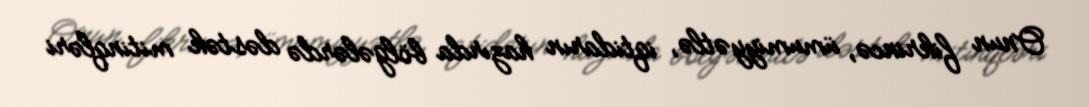
Onun fikrincə, ümumiyyətlə, iqtidarın hazırda bölgələrdə dəstək mitinqləri